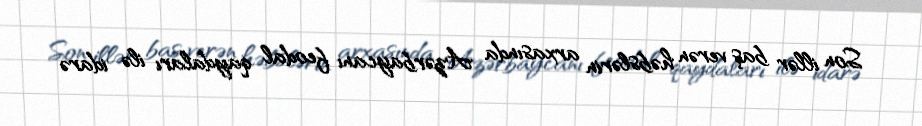
Son illər baş verən həbslərin arxasında Azərbaycanı feodal qaydaları ilə idarə